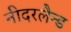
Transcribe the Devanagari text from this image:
नीदरलैन्ड